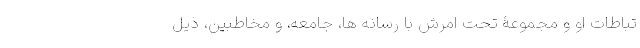
تباطاتِ او و مجموعۀ تحتِ امرش با رسانه ها، جامعه، و مخاطبین، ذیلِ